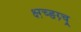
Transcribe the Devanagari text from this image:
क्ष्ग़्च्ङग्र्च्र्